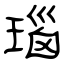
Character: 瑙